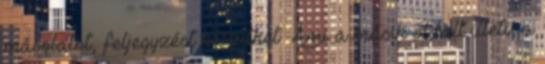
másolatot, feljegyzést készíthet. Ami a másik oldalt illeti, a